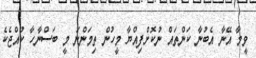
ވީމާ އޭނާ އެބުނާ ކަންތައް ނުކޮށްފިއްޔާ މީހުން ތިމަންނަ މީ ބަސްނާހާ ކުއްޖެކެ